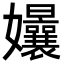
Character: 𭒴